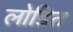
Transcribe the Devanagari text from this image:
लोडित